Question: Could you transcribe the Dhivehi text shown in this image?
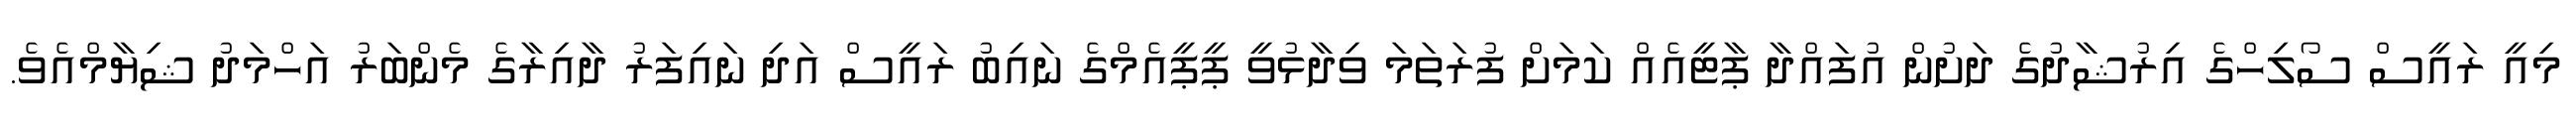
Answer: މިއީ ރައީސް ސޯލިހްގެ އިރުޝާދުގެ ދަށުން އުފައްދާ ޕާޓީއެއް ކަމަށް ފުރަތަމަ ވިދާޅުވީ ޕީޕީއެމްގެ ނައިބު ރައީސް އަދި ނައިފަރު ދާއިރާގެ މެންބަރު އަހްމަދު ޝިޔާމްއެވެ.